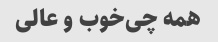
همه چی‌خوب‌ و عالی